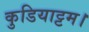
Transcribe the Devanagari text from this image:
कुडियाट्टम।